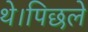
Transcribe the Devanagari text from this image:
थे।पिछले